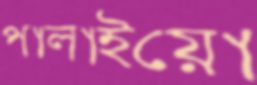
পালাইয়ো